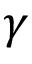
\gamma